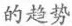
的趋势